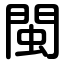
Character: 閩